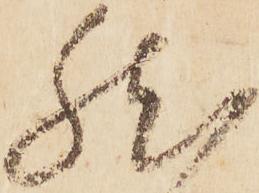
然